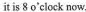
it is 8 o'clock now.